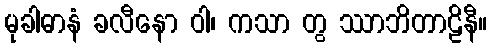
မုခါဓာနံ ခလီနော ဝါ၊ ကသာ တွ ဿာဘိတာဠိနီ။